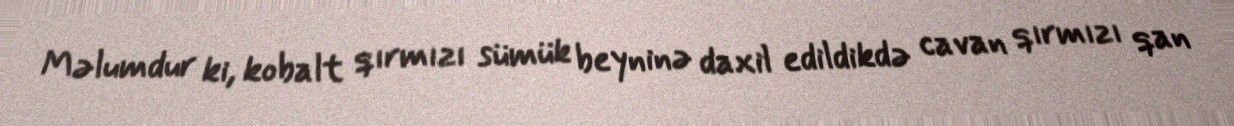
Məlumdur ki, kobalt qırmızı sümük beyninə daxil edildikdə cavan qırmızı qan